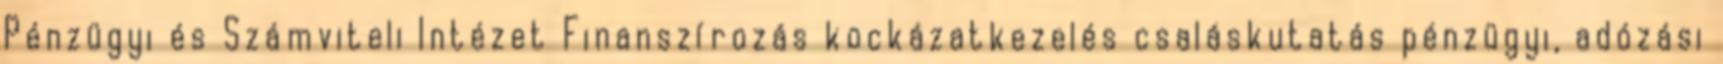
Pénzügyi és Számviteli Intézet Finanszírozás kockázatkezelés csaláskutatás pénzügyi, adózási